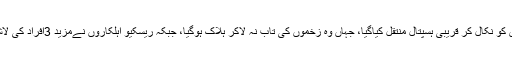
پھنس جانے والوں میں سے ایک شخص کو نکال کر قریبی ہسپتال منتقل کیاگیا، جہاں وہ زخموں کی تاب نہ لاکر ہلاک ہوگیا، جبکہ ریسکیو اہلکاروں نےمزید 3افراد کی لاشیں منگل کی صبح سرنگ سے نکالیں۔